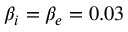
\beta _ { i } = \beta _ { e } = 0 . 0 3